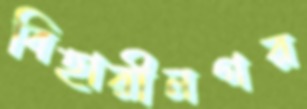
বিহারীনগর